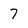
Character: 7